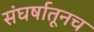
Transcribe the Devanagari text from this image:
संघर्षातूनच